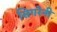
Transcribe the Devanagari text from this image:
सिगरेनी